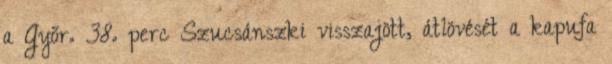
a Győr. 38. perc Szucsánszki visszajött, átlövését a kapufa